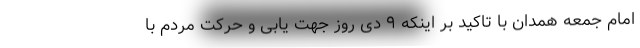
امام جمعه همدان با تاکید بر اینکه ۹ دی روز جهت یابی و حرکت مردم با